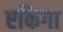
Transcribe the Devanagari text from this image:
एकिगा